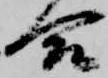
合